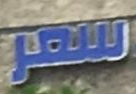
سعر